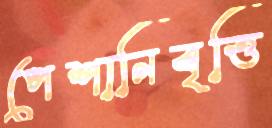
পেশানিবৃত্তি